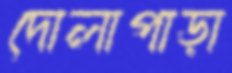
দোলাপাড়া